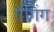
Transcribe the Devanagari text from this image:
गैगिंग